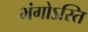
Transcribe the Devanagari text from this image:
भंगोऽस्ति